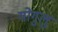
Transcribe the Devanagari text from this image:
योगुलु